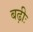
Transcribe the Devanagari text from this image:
बढ़ीः